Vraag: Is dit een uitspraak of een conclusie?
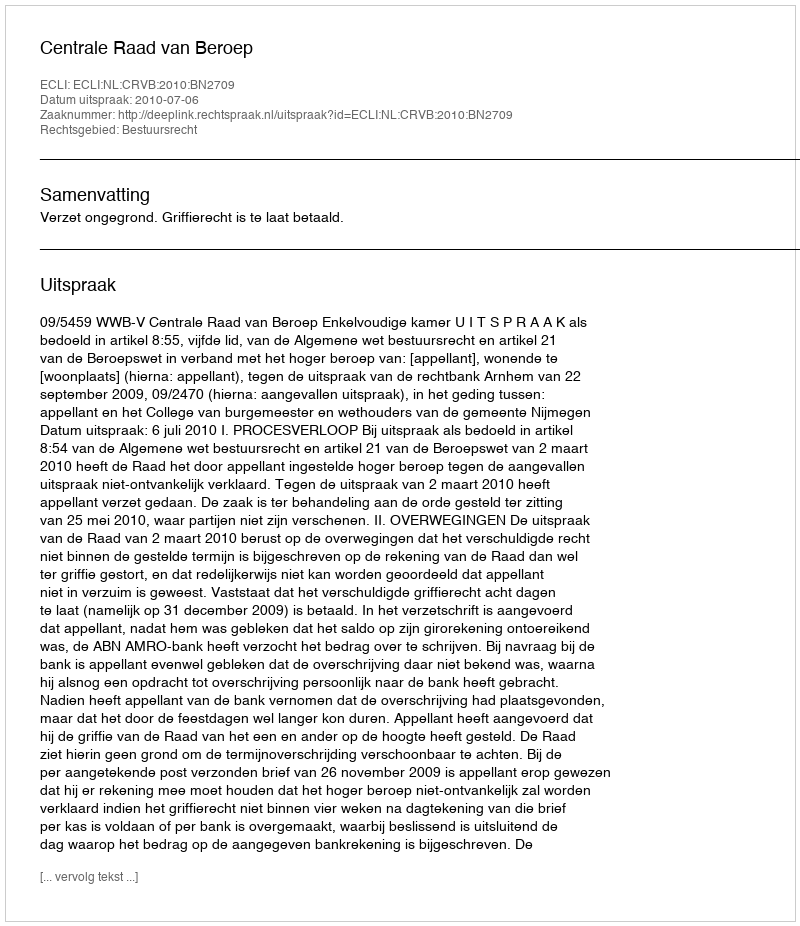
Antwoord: Uitspraak